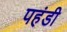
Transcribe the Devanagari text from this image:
पहंडी